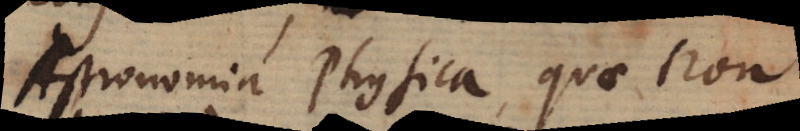
Astronomia Physica, quae non